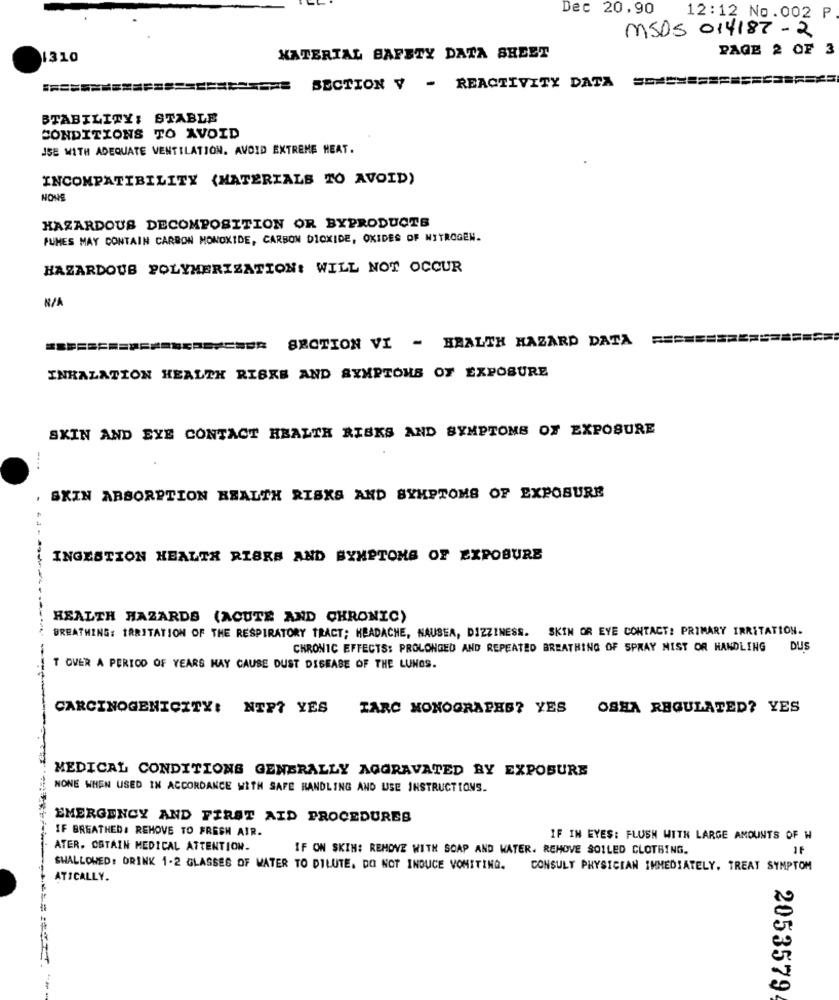
Dec 20,90
12:12 No.002 P
MSDS 014187 - 2
PAGE 2 OF 3
1310
MATERIAL SAFETY DATA SHEET
SECTION V - REACTIVITY DATA ========== SECSBREFS
STABILITY: STABLE
CONDITIONS TO AVOID
ISE WITH ADEQUATE VENTILATION. AVOID EXTREME HEAT.
INCOMPATIBILITY (MATERIALS TO AVOID)
NON
HAZARDOUS DECOMPOSITION OR BYPRODUCTS
FUMES MAY CONTAIN CARBON MONOXIDE, CARBON DIOXIDE, OXIDES OF NITROGEN.
HAZARDOUS POLYMERIZATION: WILL NOT OCCUR
SECTION VI - HEALTH HAZARD DATA
INHALATION HEALTH RISKS AND SYMPTOMS OF EXPOSURE
SKIN AND EYE CONTACT HEALTH RISKS AND SYMPTOMS OF EXPOSURE
-...
, SKIN ABSORPTION HEALTH RISKS AND SYMPTOMS OF EXPOSURE
INGESTION HEALTH RISKS AND SYMPTOMS OF EXPOSURE
HEALTH HAZARDS (ACUTE AND CHRONIC)
BREATHING: IRRITATION OF THE RESPIRATORY TRACT; HEADACHE, NAUSEA, DIZZINESS. SKIN OR EYE CONTACT: PRIMARY IRRITATION.
CHRONIC EFFECTS: PROLONGED AND REPEATED BREATHING OF SPRAY NIST OR HANDLING DUS
T OVER A PERIOD OF YEARS MAY CAUSE DUST DISEASE OF THE LUNGS.
CARCINOGENICITY: NTP? YES IARC MONOGRAPHS? YES OSHA REGULATED? YES
MEDICAL CONDITIONS GENERALLY AGGRAVATED BY EXPOSURE
NONE WHEN USED IN ACCORDANCE WITH SAFE HANDLING AND USE INSTRUCTIONS.
EMERGENCY AND FIRST AID PROCEDURES
IF BREATHED. REMOVE TO FRESH AIR.
IF IN EYES: FLUSH WITH LARGE AMOUNTS OF W
ATER. OBTAIN MEDICAL ATTENTION.
IF ON SKIN: REMOVE WITH SOAP AND WATER. REMOVE SOILED CLOTHING.
1F
SWALLOWED: DRINK 1-2 GLASSES OF WATER TO DILUTE. DO NOT INDUCE VOMITING. CONSULT PHYSICIAN IMMEDIATELY. TREAT SYMPTOM
ATICALLY.
2053579